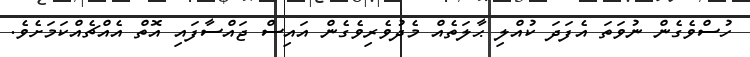
ހުސްވެގެން ނުވަތަ އެފަދަ ކުއްލި ޙާލަތެއް މެދުވެރިވެގެން އައިސް ޖައްސާފައި އޮތް އެއްޗެއްކަމަށެވެ.